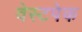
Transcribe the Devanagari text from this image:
वेस्टपेक